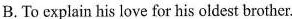
B.To explain his love for his oldest brother.